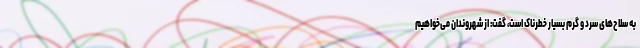
به سلاح‌های سرد و گرم بسیار خطرناک است، گفت: از شهروندان می‌خواهیم